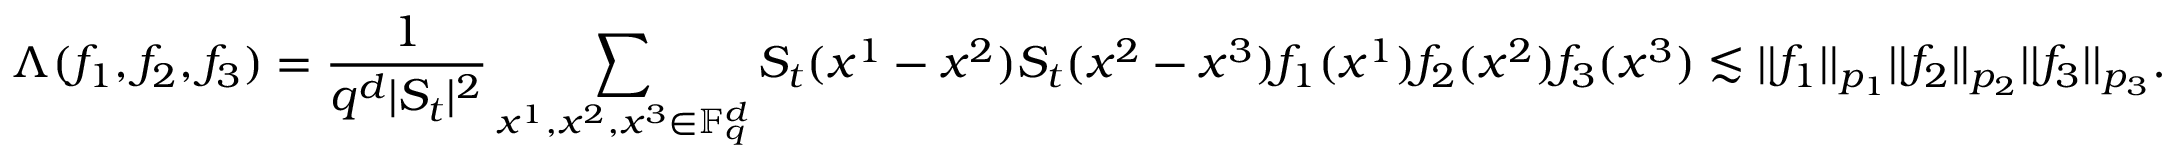
\Lambda ( f _ { 1 } , f _ { 2 } , f _ { 3 } ) = \frac { 1 } { q ^ { d } | S _ { t } | ^ { 2 } } \sum _ { x ^ { 1 } , x ^ { 2 } , x ^ { 3 } \in \mathbb F _ { q } ^ { d } } S _ { t } ( x ^ { 1 } - x ^ { 2 } ) S _ { t } ( x ^ { 2 } - x ^ { 3 } ) f _ { 1 } ( x ^ { 1 } ) f _ { 2 } ( x ^ { 2 } ) f _ { 3 } ( x ^ { 3 } ) \lesssim | | f _ { 1 } | | _ { p _ { 1 } } | | f _ { 2 } | | _ { p _ { 2 } } | | f _ { 3 } | | _ { p _ { 3 } } .